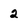
Character: 2